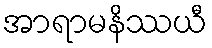
အာရာမနိဿယီ